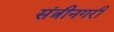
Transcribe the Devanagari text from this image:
संत्रीनगरी